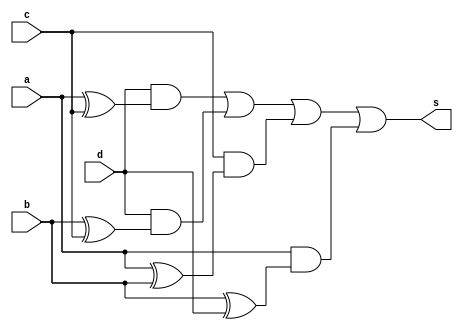
 // -------------------------------
// Prova 01_i 
// Nome: Ludmily Caldeira da Silva
// --------------------------------

module s1 (s, a, b, c, d);

output s;
input a, b, c, d;
wire temp[0:8];

xor XOR1 (temp[0], a, c);
xor XOR2 (temp[1], b, c);
xor XOR3 (temp[2], a, b);
xor XOR4 (temp[3], b, d);
and AND1 (temp[5], d, temp[0]);
and AND2 (temp[6], d, temp[1]);
and AND3 (temp[7], c, temp[2]);
and AND4 (temp[8], a, temp[3]);
or OR1 (s, temp[5], temp[6], temp[7], temp[8]);

endmodule //

module tests1;  

wire s;
reg a, b, c, d;

s1 s1 (s, a, b, c, d);

 initial begin
      $display("\Prova 01_i - Ludmily Caldeira da Silva - 417290\n");
      $display("TESTE\n");
      $display("\na   b   c    d    s1\n");
      $monitor("%b   %b   %b    %b    %b", a, b, c, d, s);
		
		  a=0; b=0; c=0; d=0;
    #1  a=0; b=0; c=0; d=1;
    #1  a=0; b=0; c=1; d=0;
    #1  a=0; b=0; c=1; d=1;
	 #1  a=0; b=1; c=0; d=0;
    #1  a=0; b=1; c=0; d=1;
    #1  a=0; b=1; c=1; d=0;
    #1  a=0; b=1; c=1; d=1;
    #1  a=1; b=0; c=0; d=0;
    #1  a=1; b=0; c=0; d=1;
    #1  a=1; b=0; c=1; d=0;
	 #1  a=1; b=0; c=1; d=1;
    #1  a=1; b=1; c=0; d=0;
    #1  a=1; b=1; c=0; d=1;
    #1  a=1; b=1; c=1; d=0;
    #1  a=1; b=1; c=1; d=1;  
	    		  
    end
 
endmodule //

/*

RESULTADOS OBTIDOS

    Prova 01_i - Ludmily Caldeira da Silva - 417290
    
    TESTE
    
    
    a   b   c    d    s1
    
    0   0   0    0    0
    0   0   0    1    0
    0   0   1    0    0
    0   0   1    1    1
    0   1   0    0    0
    0   1   0    1    1
    0   1   1    0    1
    0   1   1    1    1
    1   0   0    0    0
    1   0   0    1    1
    1   0   1    0    1
    1   0   1    1    1
    1   1   0    0    1
    1   1   0    1    1
    1   1   1    0    1
    1   1   1    1    0
    

*/